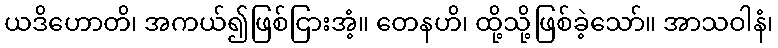
ယဒိဟောတိ၊ အကယ်၍ဖြစ်ငြားအံ့။ တေနဟိ၊ ထို့သို့ဖြစ်ခဲ့သော်။ အာသဝါနံ၊